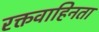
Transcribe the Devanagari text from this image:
रक्तवाहिनता